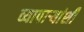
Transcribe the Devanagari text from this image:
व्यापार्‍यांशी